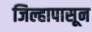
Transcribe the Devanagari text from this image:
जिल्हापासून